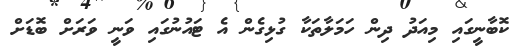
ކޮބާނީގައި މިއަދު ދިން ހަމަލާތަކާ ގުޅިގެން އެ ޓައުނުގައި ވަނީ ވަރަށް ބޮޑަށް